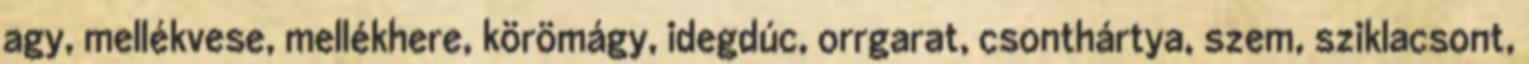
agy, mellékvese, mellékhere, körömágy, idegdúc, orrgarat, csonthártya, szem, sziklacsont,